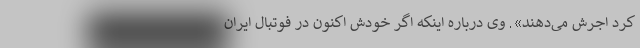
کرد اجرش می‌دهند». وی درباره اینکه اگر خودش اکنون در فوتبال ایران